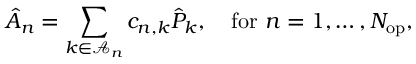
\hat { A } _ { n } = \sum _ { k \in \mathcal { A } _ { n } } c _ { n , k } \hat { P } _ { k } , \quad \mathrm { f o r } \ n = 1 , \dots , N _ { \mathrm { o p } } ,